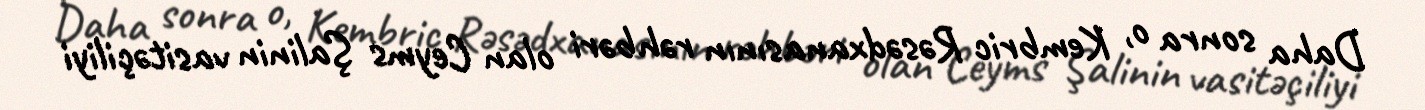
Daha sonra o, Kembric Rəsədxanasının rəhbəri olan Ceyms Şalinin vasitəçiliyi